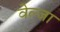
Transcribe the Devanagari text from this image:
वेल्जा